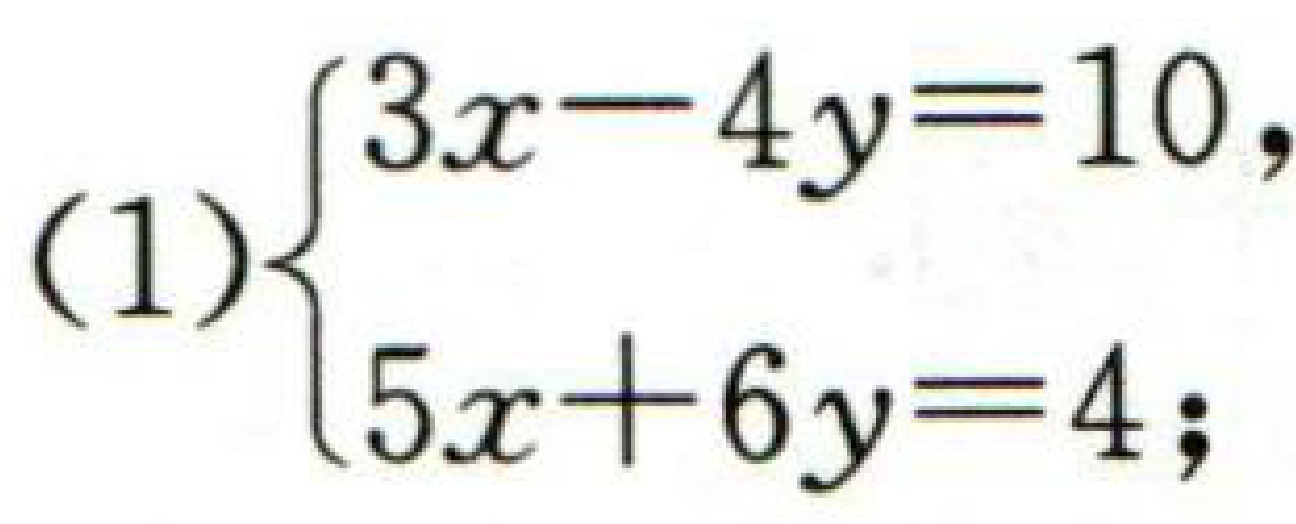
\[
(1)\left\{
\begin{array}{l}
3x - 4y = 10\\
5x + 6y = 4
\end{array}
\right.
\]